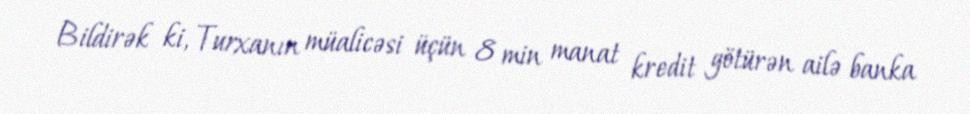
Bildirək ki, Turxanın müalicəsi üçün 8 min manat kredit götürən ailə banka